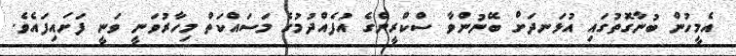
އެމީހުން ބުނާގޮތުގައި އުޅަނދަށް ބޭނުންވާ ސްކްރީންގެ އުފެއްދުމުގެ މަސައްކަތް މިހާރުވަނީ ވަނީ ފަށައިފައެވެ.